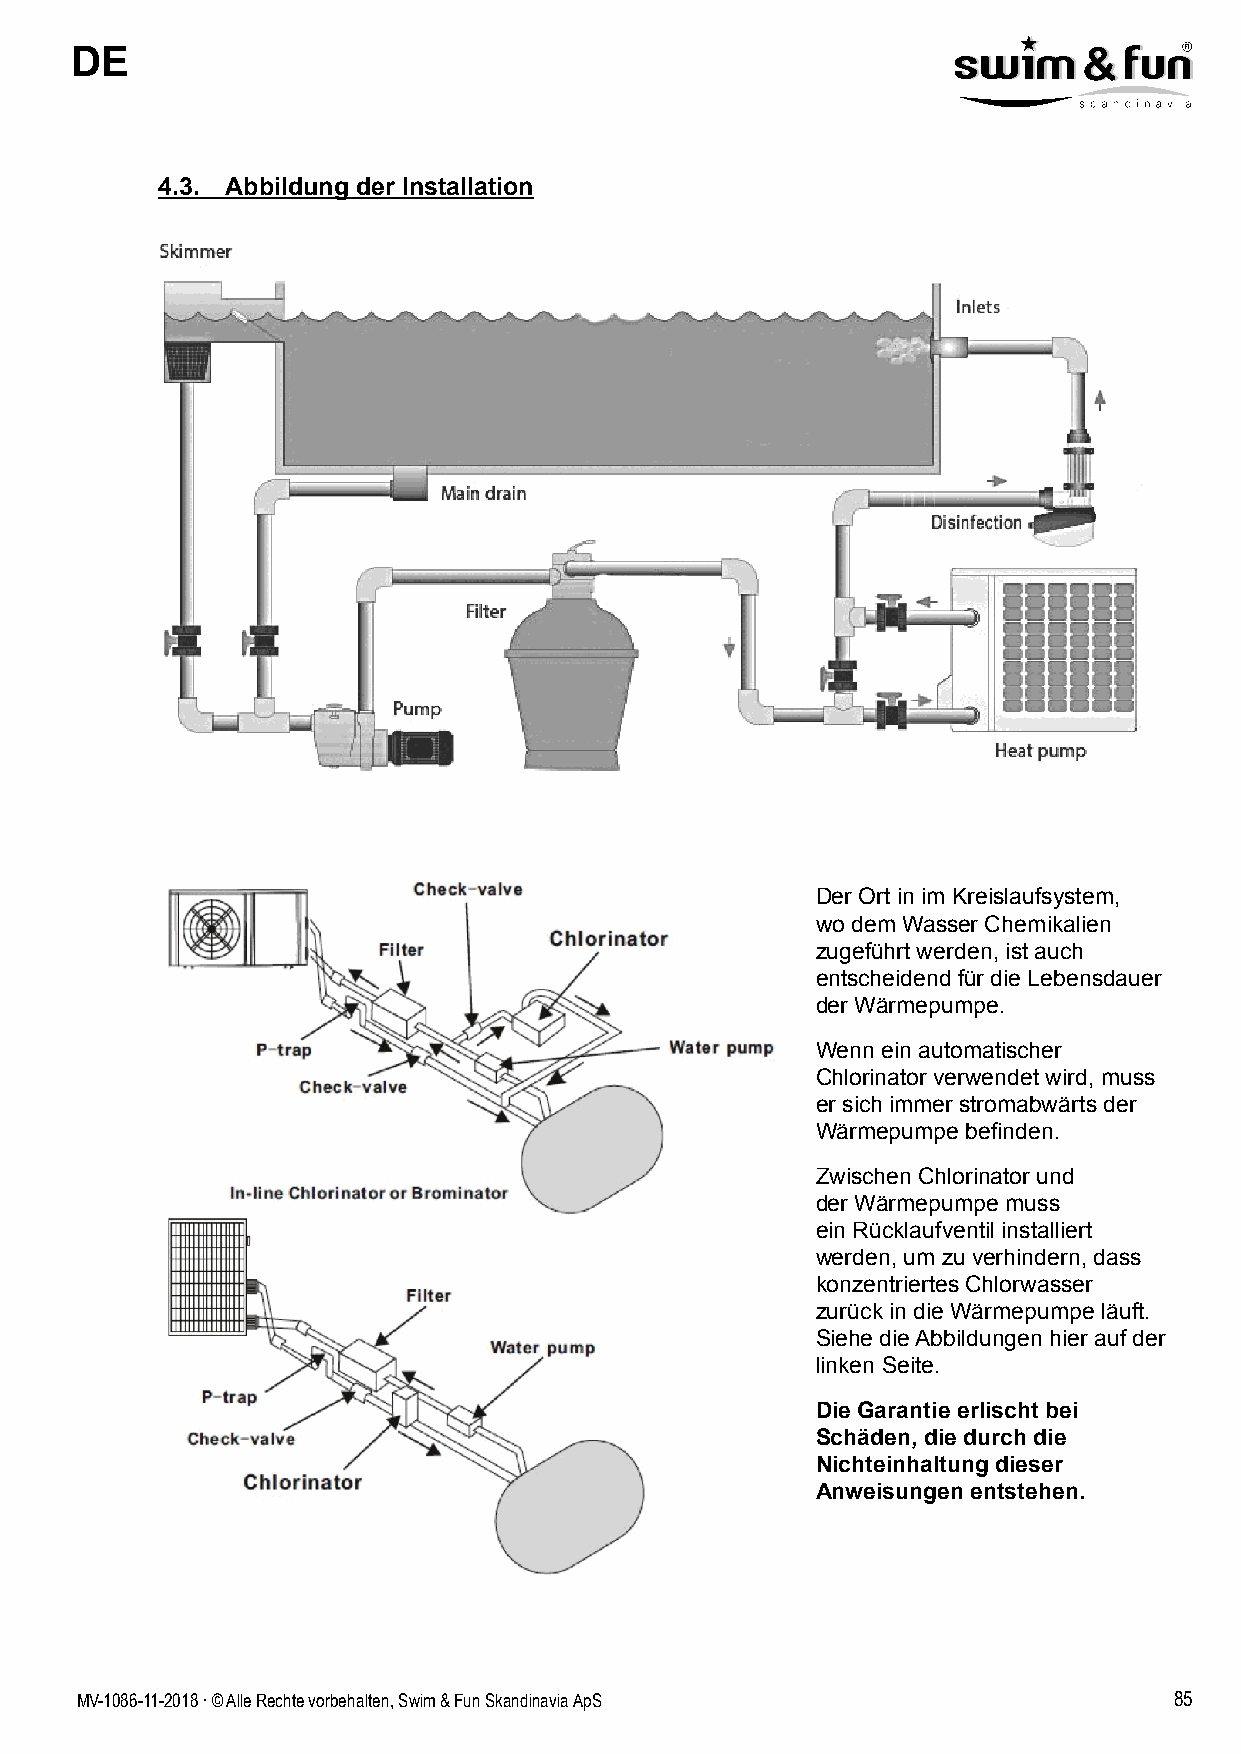
DE
 4.3. Abbildung der Installation
 Der Ort in im Kreislaufsystem,
 wo dem Wasser Chemikalien
 zugeführt werden, ist auch
 entscheidend für die Lebensdauer
 der Wärmepumpe.
 Wenn ein automatischer
 Chlorinator verwendet wird, muss
 er sich immer stromabwärts der
 Wärmepumpe befinden.
 Zwischen Chlorinator und
 der Wärmepumpe muss
 ein Rücklaufventil installiert
 werden, um zu verhindern, dass
 konzentriertes Chlorwasser
 zurück in die Wärmepumpe läuft.
 Siehe die Abbildungen hier auf der
 linken Seite.
 Die Garantie erlischt bei
 Schäden, die durch die
 Nichteinhaltung dieser
 Anweisungen entstehen.
 MV-1086-11-2018 . © Alle Rechte vorbehalten, Swim & Fun Skandinavia ApS  85